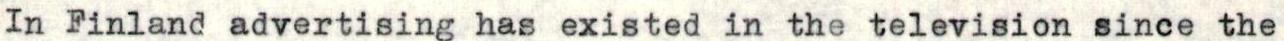
In Finland advertising has existed in the television since the